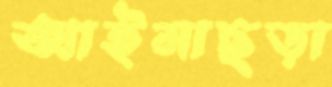
আইমাছড়া